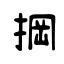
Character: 掆